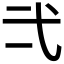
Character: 𭚟